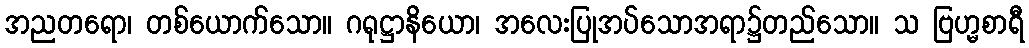
အညတရော၊ တစ်ယောက်သော။ ဂရုဋ္ဌာနိယော၊ အလေးပြုအပ်သောအရာ၌တည်သော။ သ ဗြဟ္မစာရီ